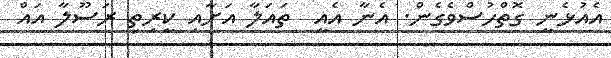
އެއުޅެނީ ގޮތްހުސްވެގެން. އެނާ އެއީ  ތައަލާ އަށާއި ކީރިތި ރަސޫލާ އައް